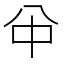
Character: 𠔈